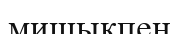
мишықпен